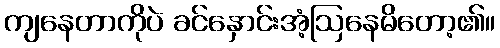
ကျနေတာကိုပဲ ခင်နှောင်းအံ့ဩနေမိတော့၏။